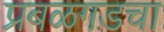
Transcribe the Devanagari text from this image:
प्रबळगडचा